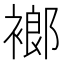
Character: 𧜛